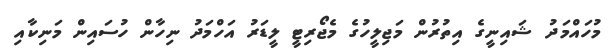
މުހައްމަދު ޝައިނީގެ އިތުރުން މަޖިލީހުގެ މެޖޯރިޓީ ލީޑަރު އަހްމަދު ނިހާން ހުސައިން މަނިކާއި